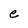
Character: e